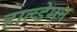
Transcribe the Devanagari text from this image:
हाल्डेमन